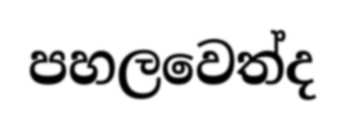
පහලවෙත්ද